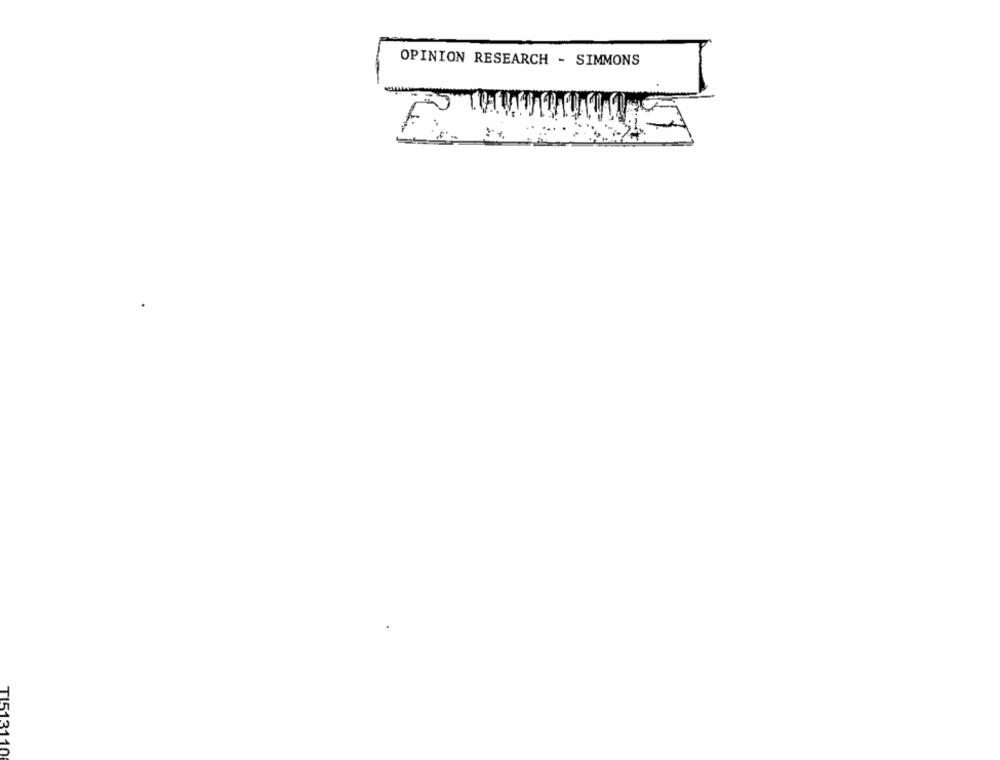
OPINION RESEARCH - SIMMONS
TI513
10